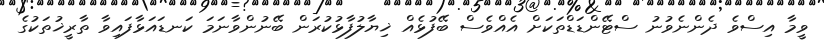
ވީމާ އިސްވެ ދެންނެވުނު ސްޓޭންޑަޑްތަކަށް އެއްވެސް ބޭފުޅެއް ޚިޔާލުފާޅުކުރަން ބޭނުންވާނަމަ ކަނޑައަޅާފައިވާ ތާރީޚުތަކުގެ